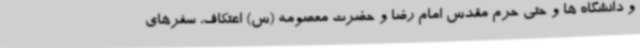
و دانشگاه ها و حتی حرم مقدس امام رضا و حضرت معصومه (س) اعتکاف، سفرهای